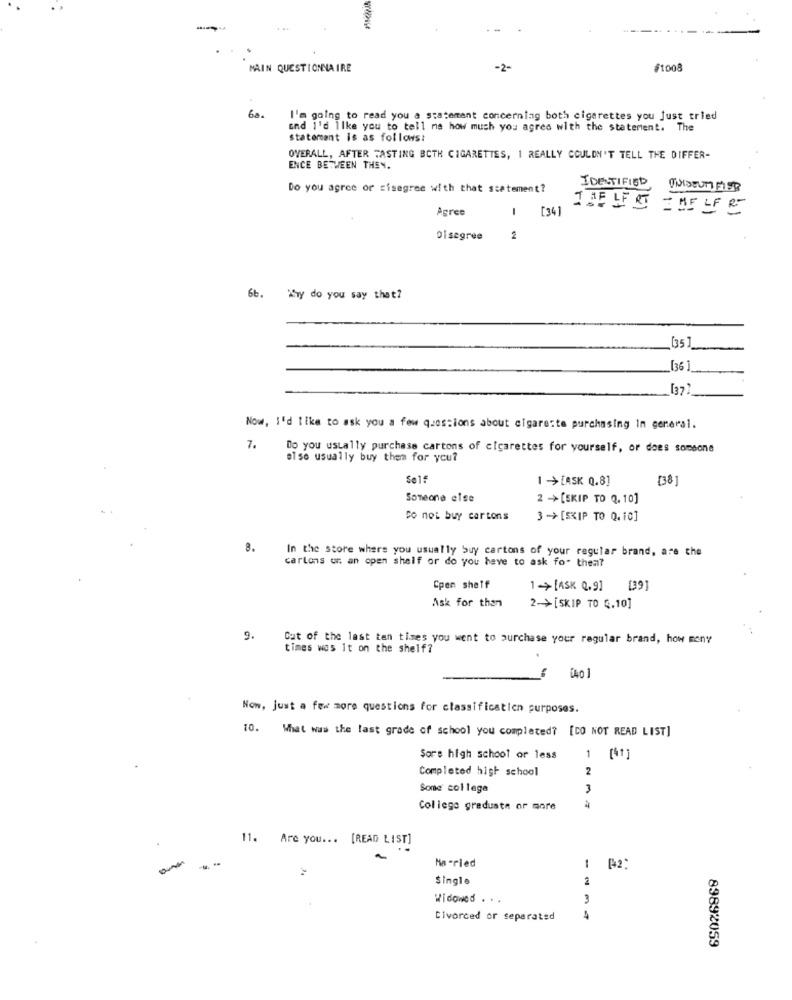
-
MAIN QUESTIONNAIRE
-2-
#1008
60.
I'm going to read you a statemant concerning both cigarettes you just tried
and I'd like you to tell me how much you agree with the statement. The
statement is as follows:
OVERALL, AFTER TASTING BOTH CIGARETTES, I REALLY COULDN'T TELL THE DIFFER-
ENCE BETWEEN THEN.
Do you agree or cisagree with that statement?
IDENTIFIED UNIDENTIFIED
Agree
1 [34]
THE LF ET = HELF ET
Disagree
2
6b. My do you say that?
[35]
[36 ]
[37
Now, I'd like to ask you a few questions about elgareste purchasing In general.
7.
Do you usually purchase cartons of cigarettes for yourself, or does someone
also usually buy them for you?
Self
1 ->[ASK Q.8]
[38]
Someone else
2 ->[SKIP TO Q. 10]
Do not buy cartons
3 -> [SKIP TO Q. 10]
8.
In the store where you usually Suy cartons of your regular brand, are the
cartons on an open shelf or do you have to ask fo" then?
Cpen sheff
1 + [ASK Q.9]
139]
Ask for than
2->[SKIP TO Q.10]
9.
Cut of the last ten times you went to purchase your regular brand, how many
times was it on the shelf?
[40]
Now, just a few more questions for classification purposes.
10. What was the last grade of school you completed? [CO NOT READ LIST]
Sore high school or less
1 [41]
Completed high school
2
Some college
3
College graduate or more
11. Are you ... [READ LIST]
-
Married
1 [42]
Single
2
Widowed . . .
3
Divorced or separated
89892059